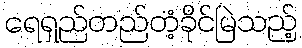
ရေရှည်တည်တံ့ခိုင်မြဲသည့်